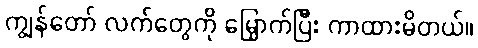
ကျွန်တော် လက်တွေကို မြှောက်ပြီး ကာထားမိတယ်။